Civil Veterinary Dept. Bombay admin report 1923-31 - 1923-1931
Year: 1923
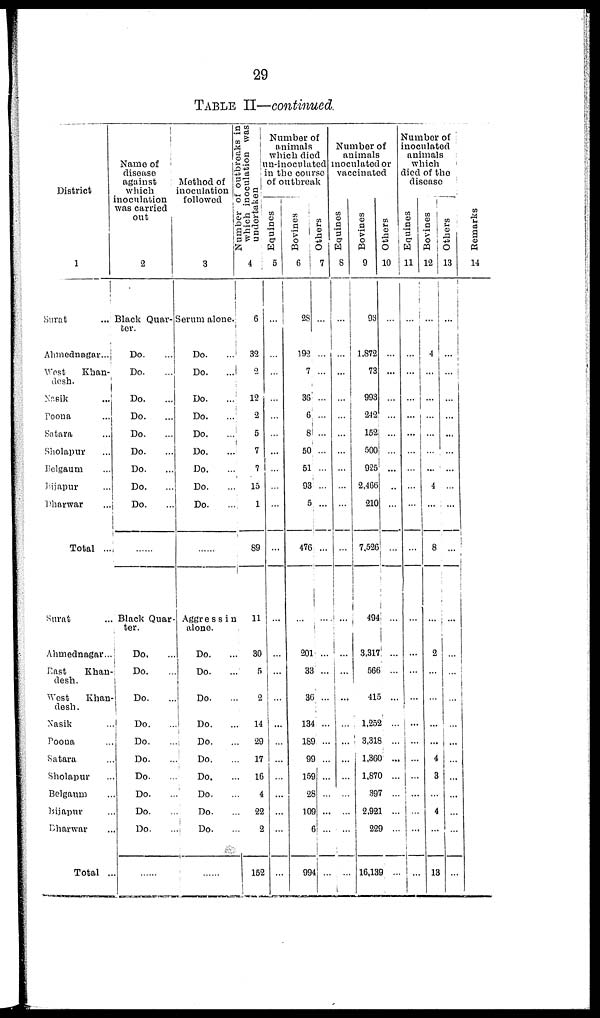
29
TABLE II—continued.
District
1
Surat ...
Ahmednagar...
West
Khan-
desh.
Nasik ...
Poona ...
Satara ...
Sholapur ...
Belgaum ...
Bijapur ...
Dharwar ...
Total ...
Surat ...
Ahmednagar...
East
Khan-
desh.
West
Khan-
desh.
Nasik ...
Poona ...
Satara ...
Sholapur ...
Belgaum ...
Bijapur ...
Dharwar ...
Total ..
Name of
disease
against
which
inoculation
was carried
out
2
Black Quar-
ter.
Do. ...
Do. ...
Do. ...
Do. ...
Do. ...
Do. ...
Do. ...
Do. ...
Do. ...
......
Black Quar-
ter.
Do.
...
Do. ...
Do. ...
Do. ...
Do. ...
Do. ...
Do. ...
Do. ...
Do. ...
Do. ...
......
Method of
inoculation
followed
3
Serum alone
Do. ...
Do. ...
Do. ...
Do. ...
Do. ...
Do. ...
Do. ...
Do. ...
Do. ...
......
Aggressin
alone.
Do. ...
Do. ...
Do. ...
Do. ...
Do. ...
Do. ...
Do.
Do. ...
Do. ...
Do. ...
......
Number of outbreaks in
which inoculation was
undertaken
4
6
32
2
12
2
5
7
7
15
1
89
11
30
5
2
14
29
17
16
4
22
2
152
Number of
animals
which died
in-inoculated
in the course
of outbreak
Equines
5
...
...
...
...
...
...
...
...
...
...
...
...
...
...
...
...
...
...
...
...
...
...
...
Bovines
6
28
192
7
36
6
8
50
51
93
5
476
...
201
33
36
134
189
99
159
28
109
6
994
Others
7
...
...
...
...
...
...
...
...
...
...
...
...
...
...
...
...
...
...
...
...
...
...
...
Number of
animals
inoculated or
vaccinated
Equines
8
...
...
...
...
...
...
...
...
...
...
...
...
....
...
...
...
...
...
...
...
...
...
...
Bovines
9
93
1,872
73
993
242
152
500
925
2,466
210
7,526
494
3,317
566
415
1,252
3,318
1,360
1,870
397
2,921
229
16,139
Others
10
...
...
...
...
...
...
...
...
...
...
...
...
...
...
...
...
..
...
...
...
...
...
...
Number of
inoculated
animals
which
died of the
disease
Equines
11
...
...
...
...
...
...
...
...
...
...
...
...
...
...
...
...
...
..
...
...
...
...
...
Bovines
12
...
4
...
...
...
...
...
...
4
...
8
...
2
...
...
...
...
4
3
...
4
...
13
Others
13
...
...
...
...
...
...
...
...
...
...
...
...
...
...
...
...
...
...
...
...
...
...
...
Remarks
14